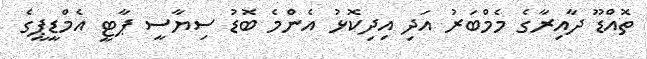
ތޮއްޑޫ ދާއިރާގެ މެމްބަރު އަދި އިދިކޮޅު އެންމެ ބޮޑު ސިޔާސީ ޕާޓީ އެމްޑީޕީގެ